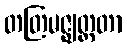
တတြမဇ္ဈတ္တတာ